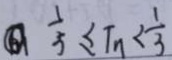
\frac { 1 } { 5 } \leq T _ { n } < \frac { 1 } { 3 }